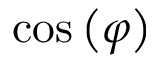
\cos \left( \varphi \right)